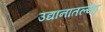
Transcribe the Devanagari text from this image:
उद्यानातल्या